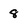
Character: 8